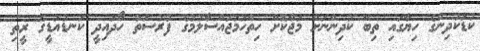
ކުޑަކުދިންގެ ހިޔާގައި ތިބޭ ކުދިންނަށް މަޖާކޮށް ހިތްހަމަޖައްސާލުމުގެ ފުރުސަތު ހޯދައިދީ ކަނޑުއަޑީގެ ރީތި